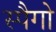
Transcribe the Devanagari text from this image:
स्पैगो